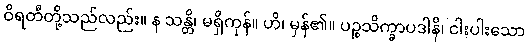
ဝိရတီတို့သည်လည်း။ န သန္တိ၊ မရှိကုန်။ ဟိ၊ မှန်၏။ ပဉ္စသိက္ခာပဒါနိ၊ ငါးပါးသော